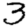
Digit: 3